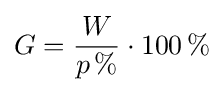
G={\frac {W}{p\,\%}}\cdot {100\,\%}